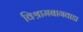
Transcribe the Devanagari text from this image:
विश्रामबागवाडा